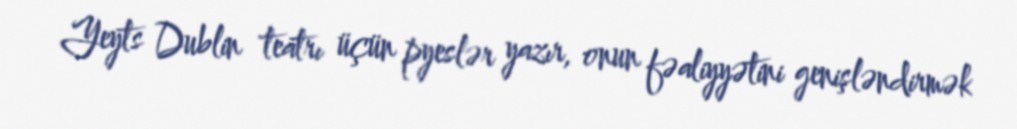
Yeyts Dublin teatrı üçün pyeslər yazır, onun fəaliyyətini genişləndirmək